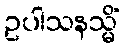
ဥပါသနသ္မိံ